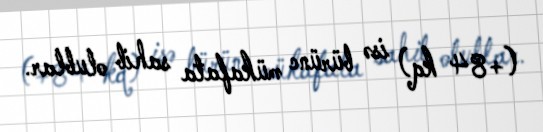
(+84 kq) isə bürünc mükafata sahib olublar.